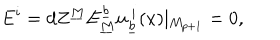
E ^ { i } = d Z ^ { \underline { { M } } } E _ { \underline { { M } } } ^ { \underline { { b } } } u _ { \underline { { b } } } ^ { ~ i } ( x ) \vert _ { M _ { p + 1 } } = 0 ,